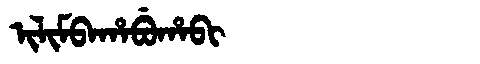
Manchu: ᡳᠯᡳᠮᠪᠠᡥᠠᠪᡠᡥᠠᠪᡳ
Romanization: ILIMBAHABUHABI